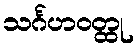
သင်္ဂဟဝတ္ထု